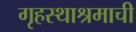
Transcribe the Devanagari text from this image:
गृहस्थाश्रमाची